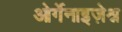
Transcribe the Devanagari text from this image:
ओर्गेनाइज़ेश्न